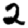
Digit: 2